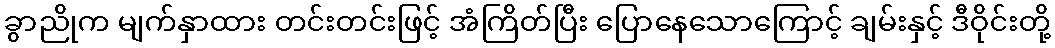
ခွာညိုက မျက်နှာထား တင်းတင်းဖြင့် အံကြိတ်ပြီး ပြောနေသောကြောင့် ချမ်းနှင့် ဒီဝိုင်းတို့